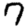
Digit: 7